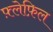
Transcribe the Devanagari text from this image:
फ़्लेफ़िल